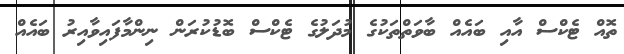
ތޮއް ޓެކްސް އާއި ބައެއް ބާވަތްތަކުގެ މުދަލުގެ ޓެކްސް ބޮޑުކުރަން ނިންމާފައިވާއިރު ބައެއް